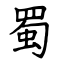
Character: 蜀